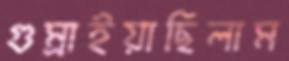
গুম্‌রাইয়াছিলাম